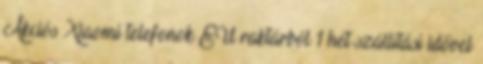
Akciós Xiaomi telefonok EU raktárból 1 hét szállítási idővel